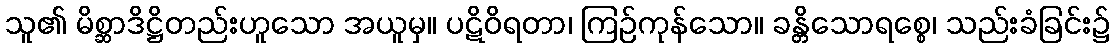
သူ၏ မိစ္ဆာဒိဋ္ဌိတည်းဟူသော အယူမှ။ ပဋိဝိရတာ၊ ကြဉ်ကုန်သော။ ခန္တိသောရစ္စေ၊ သည်းခံခြင်း၌